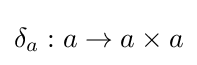
\delta _{a}:a\rightarrow a\times a